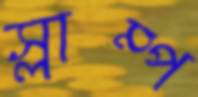
স্লাম্প